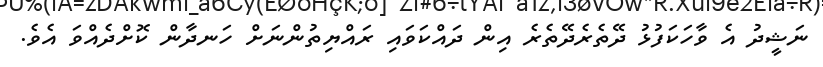
ނަޝީދު އެ ވާހަކަފުޅު ދޭތެރެދޭތެރެ އިން ދައްކަވައި ރައްޔިތުންނަށް ހަނދާން ކޮށްދެއްވަ އެވެ.